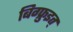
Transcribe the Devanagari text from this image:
बिग्फ्रुइत्